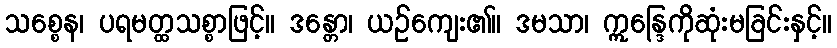
သစ္စေန၊ ပရမတ္ထသစ္စာဖြင့်။ ဒန္တော၊ ယဉ်ကျေး၏။ ဒမသာ၊ ဣန္ဒြေကိုဆုံးမခြင်းနှင့်။